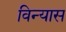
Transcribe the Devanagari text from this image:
विन्‍यास